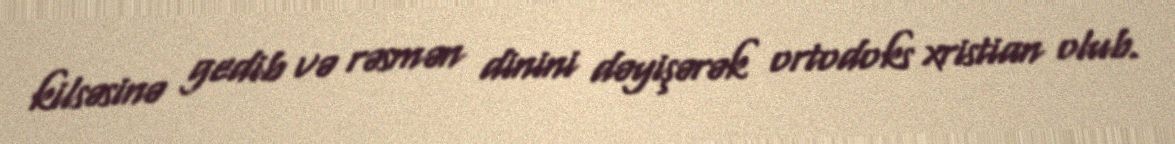
kilsəsinə gedib və rəsmən dinini dəyişərək ortodoks xristian olub.